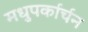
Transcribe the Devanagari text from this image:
मधुपर्कार्चन